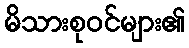
မိသားစုဝင်များ၏